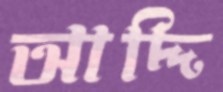
আদ্দি